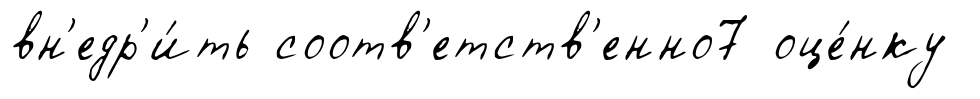
вн'едр'и́ть соотв'етств'енно7 оце́нку